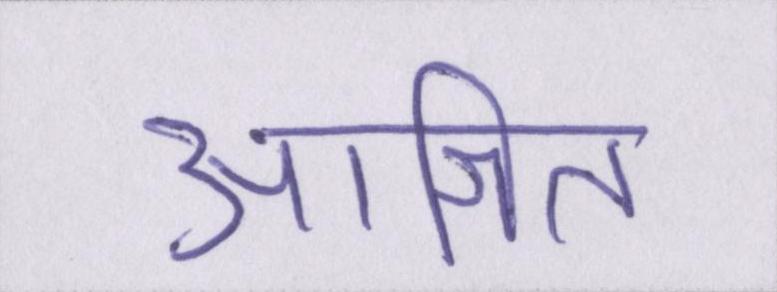
आश्रित